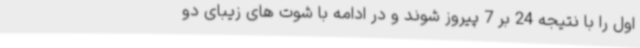
اول را با نتیجه 24 بر 7 پیروز شوند و در ادامه با شوت های زیبای دو